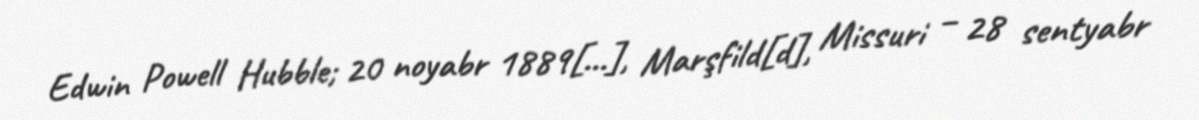
Edwin Powell Hubble; 20 noyabr 1889[…], Marşfild[d], Missuri – 28 sentyabr